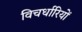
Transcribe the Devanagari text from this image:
विचर्धारियों